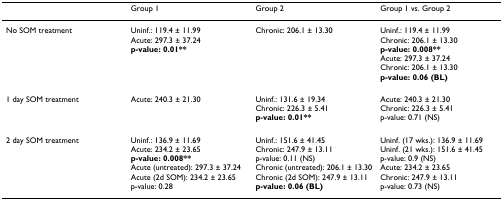
|  | Group 1 | Group 2 | Group 1 vs. Group 2 |
 | --- | --- | --- | --- |
 | No SOM treatment | Uninf.: 119.4 ± 11.99Acute: 297.3 ± 37.24p-value: 0.01** | Chronic: 206.1 ± 13.30 | Uninf.: 119.4 ± 11.99Chronic: 206.1 ± 13.30p-value: 0.008**Acute: 297.3 ± 37.24Chronic: 206.1 ± 13.30p-value: 0.06 (BL) |
 | 1 day SOM treatment | Acute: 240.3 ± 21.30 | Uninf.: 131.6 ± 19.34Chronic: 226.3 ± 5.41p-value: 0.01** | Acute: 240.3 ± 21.30Chronic: 226.3 ± 5.41p-value: 0.71 (NS) |
 | 2 day SOM treatment | Uninf.: 136.9 ± 11.69Acute: 234.2 ± 23.65p-value: 0.008**Acute (untreated): 297.3 ± 37.24Acute (2d SOM): 234.2 ± 23.65p-value: 0.28 | Uninf.: 151.6 ± 41.45Chronic: 247.9 ± 13.11p-value: 0.11 (NS)Chronic (untreated): 206.1 ± 13.30Chronic (2d SOM): 247.9 ± 13.11p-value: 0.06 (BL) | Uninf. (17 wks.): 136.9 ± 11.69Uninf. (21 wks.): 151.6 ± 41.45p-value: 0.9 (NS)Acute: 234.2 ± 23.65Chronic: 247.9 ± 13.11p-value: 0.73 (NS) |